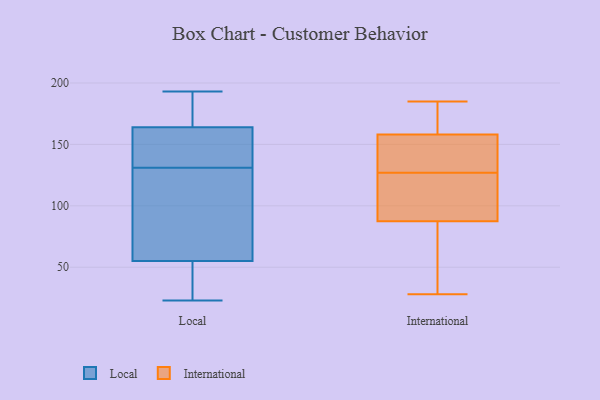
{"axis": {"x": "Demand Index", "y": "Value"}, "legend": ["International", "Local"], "data": [{"x": "", "y": 193, "type": "Local"}, {"x": "", "y": 23, "type": "Local"}, {"x": "", "y": 152, "type": "Local"}, {"x": "", "y": 128, "type": "Local"}, {"x": "", "y": 134, "type": "Local"}, {"x": "", "y": 117, "type": "Local"}, {"x": "", "y": 171, "type": "Local"}, {"x": "", "y": 176, "type": "Local"}, {"x": "", "y": 55, "type": "Local"}, {"x": "", "y": 35, "type": "Local"}, {"x": "", "y": 164, "type": "Local"}, {"x": "", "y": 77, "type": "Local"}, {"x": "", "y": 42, "type": "Local"}, {"x": "", "y": 134, "type": "Local"}, {"x": "", "y": 136, "type": "International"}, {"x": "", "y": 103, "type": "International"}, {"x": "", "y": 148, "type": "International"}, {"x": "", "y": 158, "type": "International"}, {"x": "", "y": 118, "type": "International"}, {"x": "", "y": 161, "type": "International"}, {"x": "", "y": 34, "type": "International"}, {"x": "", "y": 92, "type": "International"}, {"x": "", "y": 158, "type": "International"}, {"x": "", "y": 86, "type": "International"}, {"x": "", "y": 46, "type": "International"}, {"x": "", "y": 174, "type": "International"}, {"x": "", "y": 107, "type": "International"}, {"x": "", "y": 147, "type": "International"}, {"x": "", "y": 127, "type": "International"}, {"x": "", "y": 60, "type": "International"}, {"x": "", "y": 185, "type": "International"}, {"x": "", "y": 178, "type": "International"}, {"x": "", "y": 28, "type": "International"}]}